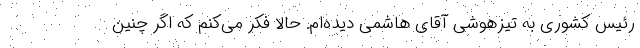
رئیس کشوری به تیزهوشی آقای هاشمی دیده‌ام. حالا فکر می‌کنم که اگر چنین